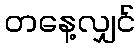
တနေ့လျှင်